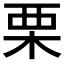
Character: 栗